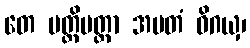
တေ ပတ္တိပတ္တာ အမတံ ဝိဂယှ၊